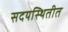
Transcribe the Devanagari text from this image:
सदयस्थितीत